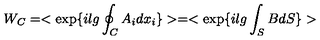
W _ { C } = < \exp \{ i l g \oint _ { C } A _ { i } d x _ { i } \} > = < \exp \{ i l g \int _ { S } B d S \} >